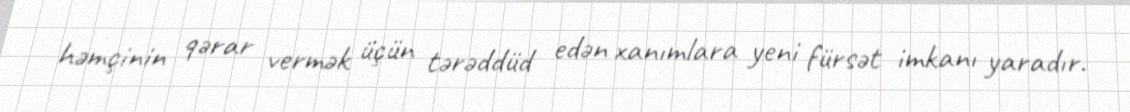
həmçinin qərar vermək üçün tərəddüd edən xanımlara yeni fürsət imkanı yaradır.